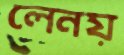
লেনয়